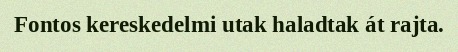
Fontos kereskedelmi utak haladtak át rajta.